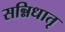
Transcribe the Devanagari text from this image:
सन्निधातृ